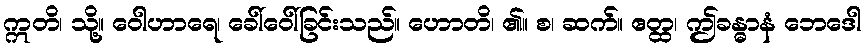
ဣတိ၊ သို့။ ဝေါဟာရေ၊ ခေါ်ဝေါ်ခြင်းသည်။ ဟောတိ၊ ၏။ စ၊ ဆက်။ ဧတ္ထ၊ ဤခန္ဓာနံ ဘေဒေါ